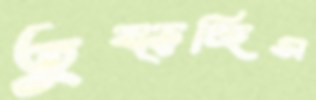
তুব্‌ড়চ্ছিস